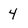
Character: 4